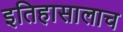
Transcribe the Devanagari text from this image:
इतिहासालाच